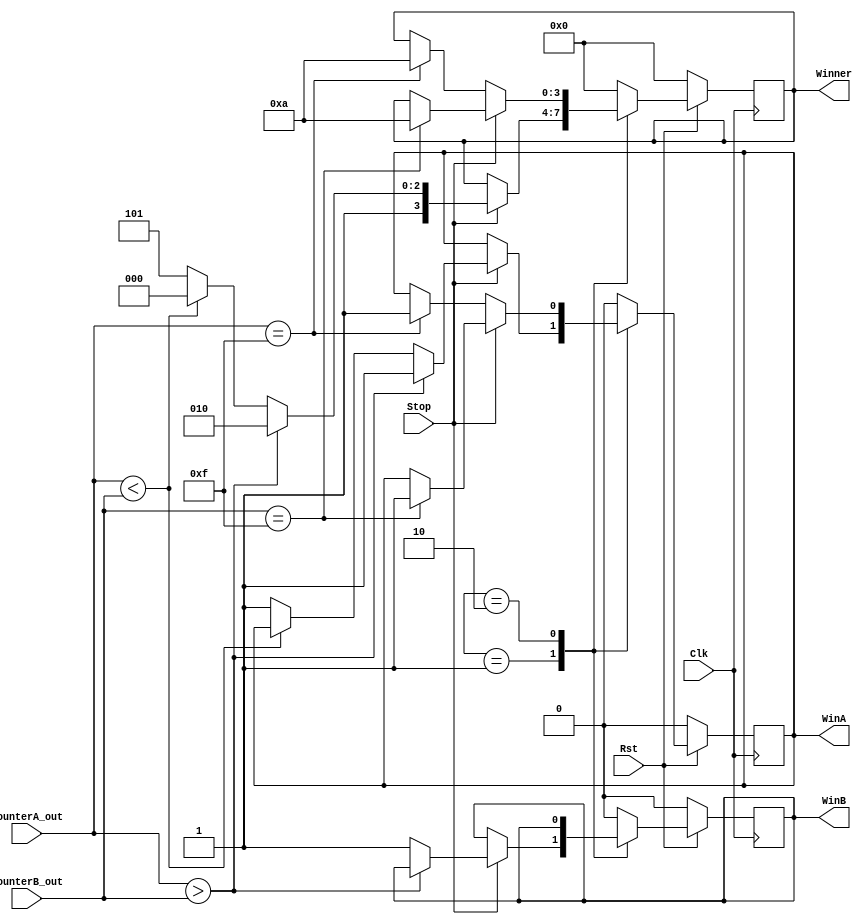
module Gamewinner(Stop,CounterA_out,CounterB_out,WinA,WinB,Winner,Clk,Rst);
input [3:0]CounterA_out,CounterB_out;
input Rst,Clk,Stop;
output WinA,WinB;
output [3:0]Winner;
reg WinA,WinB;
reg [3:0] Winner;
reg [1:0]State;
parameter TIMMER=1,COUNTER=2;
always@(posedge Clk)
 begin
 if (Rst==0)
  begin
   WinA<=0;
   WinB<=0;
   Winner<=4'b0000;
  end
 else
  begin 
  case(State)
    TIMMER:begin
     if (Stop==1)
      begin
       if (CounterA_out>CounterB_out)
        begin
         WinA<=1;
         Winner<=4'b1010;
         end
        else
          begin
           if (CounterA_out<CounterB_out)
            begin
             WinB<=1;
             Winner<=4'b1000;
            end
             else
   	      begin
               WinA<=1;
               WinB<=1;
               Winner<=4'b1101;
	      end
             end
          end
       end
     COUNTER:begin	 
      if (Stop==0)
       begin
        if (CounterA_out==4'b1111)
         begin
          WinA<=1;
          Winner<=4'b1010;
         end
        end
          else
           begin
            if (CounterB_out==4'b1111)
             begin
              WinA<=1;
              Winner<=4'b1010;
             end
          end
         end
        default:begin
         WinA<=0;
         WinB<=0;
         Winner<=4'b0000;
         end
     endcase
   end
 end 
endmodule